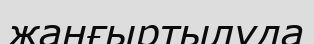
жаңғыртылуда